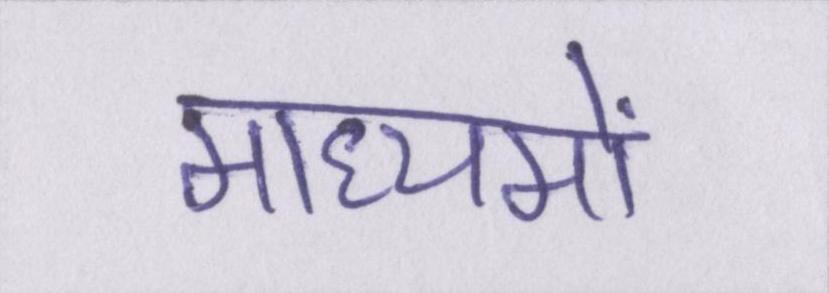
माध्यमों